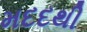
મદદથી